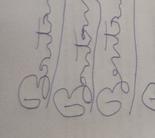
Signature authenticity: forged